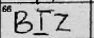
Transcription: BIZ